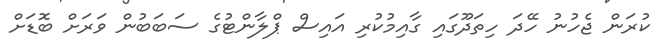
ކުރަން ޖެހުނު ހޭދަ ހިތަދޫގައި ގާއިމުކުރި އައިސް ޕްލާންޓުގެ ސަބަބުން ވަރަށް ބޮޑަށް